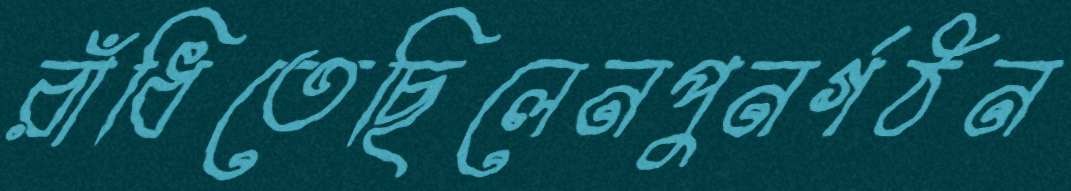
রাঁধিতেছিলেনপুনর্গঠন